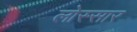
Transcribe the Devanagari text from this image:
लोस्सार